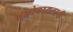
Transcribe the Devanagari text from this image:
मॅक्रोफायलाची